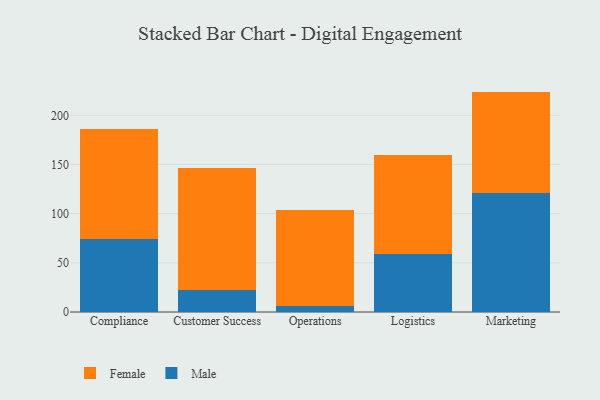
{"axis": {"x": "Department", "y": "Shipments"}, "legend": ["Female", "Male"], "data": [{"x": "Compliance", "y": 73.9, "type": "Male"}, {"x": "Compliance", "y": 112.1, "type": "Female"}, {"x": "Customer Success", "y": 22.7, "type": "Male"}, {"x": "Customer Success", "y": 124.2, "type": "Female"}, {"x": "Operations", "y": 6.3, "type": "Male"}, {"x": "Operations", "y": 97.0, "type": "Female"}, {"x": "Logistics", "y": 58.8, "type": "Male"}, {"x": "Logistics", "y": 100.7, "type": "Female"}, {"x": "Marketing", "y": 121.1, "type": "Male"}, {"x": "Marketing", "y": 103.0, "type": "Female"}]}